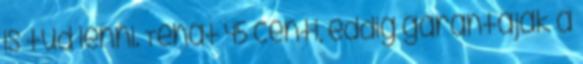
is tud lenni. Tehat 45 centi, eddig garantajak a